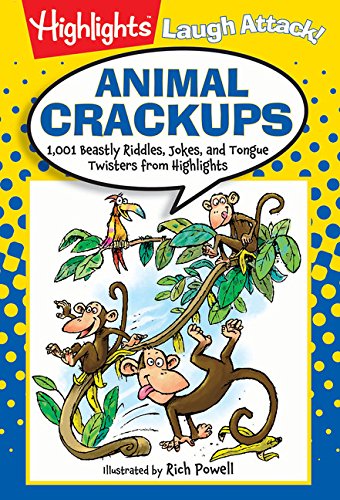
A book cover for Animal Crackups: 1,001 Beastly Riddles, Jokes, and Tongue Twisters from Highlights (Laugh Attack!); Highlights for Children; Children's Books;